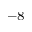
^ { - 8 }